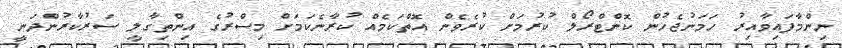
ނިންމާފައިވާއިރު ހަމަނުޖެހުން ކޮންޓްރޯލް ކުރުމަށް ކުރެވެން އޮތްކަމެއް ކުރާނެކަމަށް މިސްރުގެ އިންތިގާލީ ސަރުކާރުންދަނީ